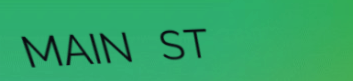
MAIN ST